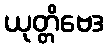
ယုတ္တိဗေဒ